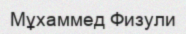
Мұхаммед Физули